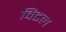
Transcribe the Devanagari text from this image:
विटल